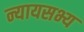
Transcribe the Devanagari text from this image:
न्यायसभ्य